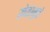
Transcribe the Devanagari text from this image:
खेळामुळे